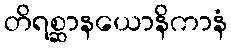
တိရစ္ဆာနယောနိကာနံ